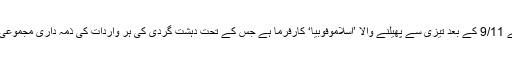
اپنی ٹویٹ میں عمران خان نے کہا کہ ان بڑھتے ہوئے حملوں کے پیچھے 9/11 کے بعد تیزی سے پھیلنے والا ’اسلاموفوبیا‘ کارفرما ہے جس کے تحت دہشت گردی کی ہر واردات کی ذمہ داری مجموعی طور پر اسلام اور سوا ارب مسلمانوں کے سر ڈالنے کا سلسلہ جاری رہا۔